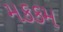
મકકમ